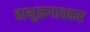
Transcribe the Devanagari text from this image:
बाभुळगावकर